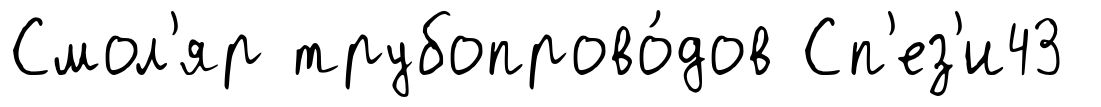
Смол'яр трубопрово́дов Сп'ез'и43